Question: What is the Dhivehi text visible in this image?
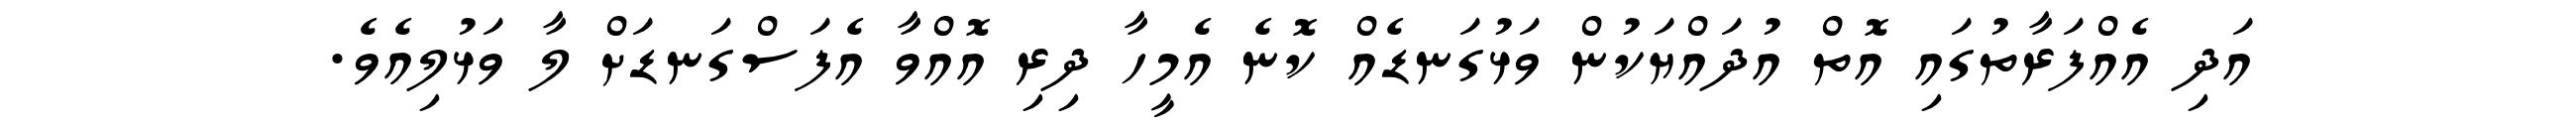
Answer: އަދި އެއްފަރާތުގައި އޮތް އުދައްޔަކުން ވަޅުގަނޑެއް ކޮނެ އެމީހާ ދިރި އޮއްވާ އެފަސްގަނޑަށް ލާ ވަޅުލިއެވެ.